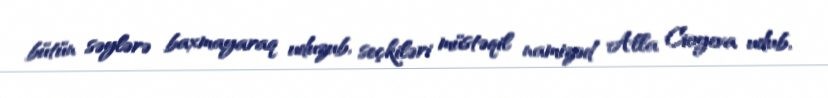
bütün səylərə baxmayaraq uduzub, seçkiləri müstəqil namizəd Alla Cioyeva udub,